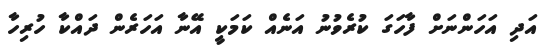
އަދި އަހަންނަށް ފާހަގަ ކުރެވުނު އަނެއް ކަމަކީ އޭނާ އަހަރެން ދައްކާ ހުރިހާ